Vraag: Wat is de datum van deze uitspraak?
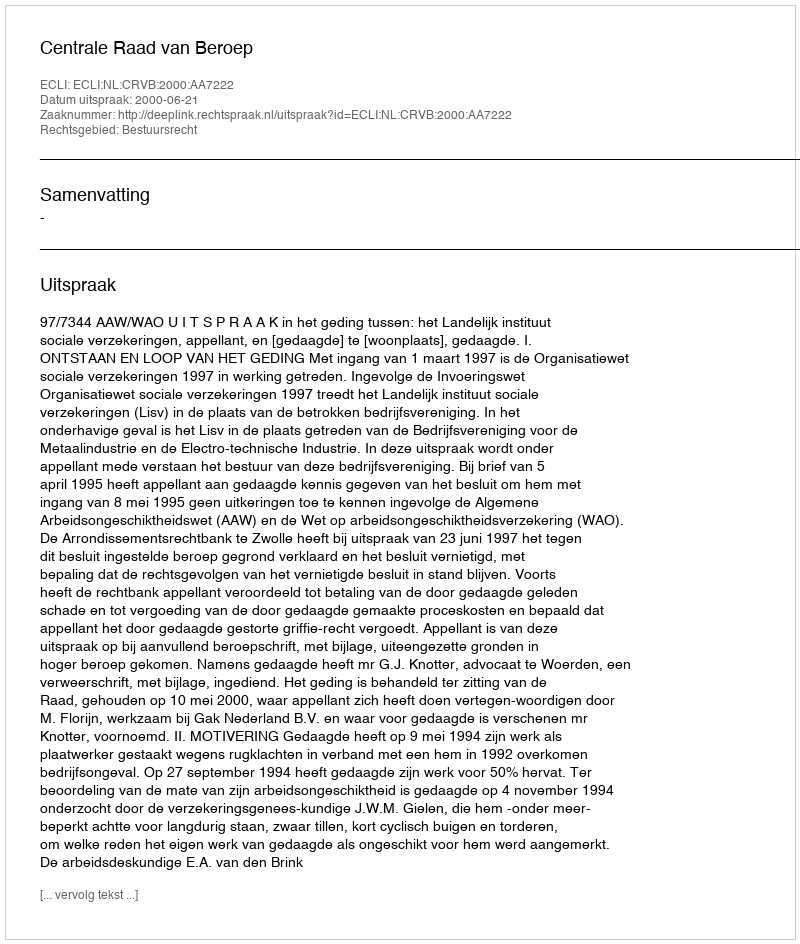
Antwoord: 2000-06-21